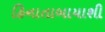
હિનાતાબાયાશી